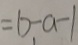
= b - a - 1